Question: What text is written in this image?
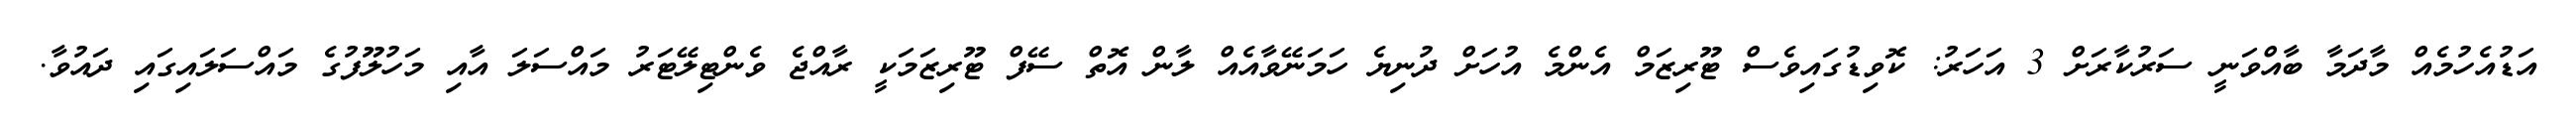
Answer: އަޑުއެހުމެއް މާދަމާ ބާއްވަނީ ސަރުކާރަށް 3 އަހަރު: ކޮވިޑުގައިވެސް ޓޫރިޒަމް އެންމެ އުހަށް ދުނިޔެ ހަމަނޭވާއެއް ލާން އޮތް ސޭފް ޓޫރިޒަމަކީ ރާއްޖެ ވެންޓިލޭޓަރު މައްސަލަ އާއި މަހުލޫފުގެ މައްސަލައިގައި ދައުވާ.